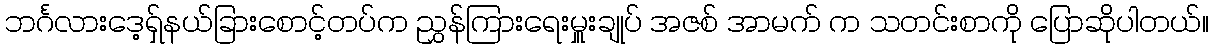
ဘင်္ဂလားဒေ့ရှ်နယ်ခြားစောင့်တပ်က ညွှန်ကြားရေးမှူးချုပ် အဇစ် အာမက် က သတင်းစာကို ပြောဆိုပါတယ်။